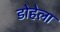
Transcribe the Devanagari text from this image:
डोहेला